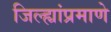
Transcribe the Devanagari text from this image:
जिल्ह्यांप्रमाणे